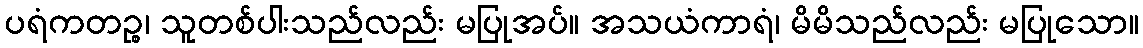
ပရံကတဉ္စ၊ သူတစ်ပါးသည်လည်း မပြုအပ်။ အသယံကာရံ၊ မိမိသည်လည်း မပြုသော။